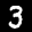
Label: 3